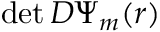
\operatorname* { d e t } D \Psi _ { m } ( r )